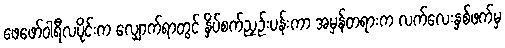
ဖေဖော်ဝါရီလပိုင်းက လျှောက်ရာတွင် နှိပ်စက်ညှဉ်းပန်းကာ အမှန်တရားက လက်လေးနှစ်ဖက်မှ